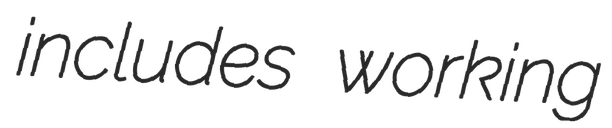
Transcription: includes working